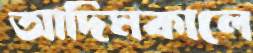
আদিমকালে